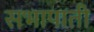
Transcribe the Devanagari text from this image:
सभापाती